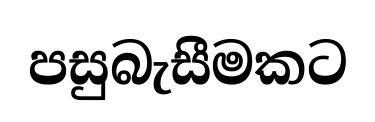
පසුබැසීමකට